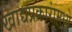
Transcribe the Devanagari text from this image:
खाद्यप्रकारांमध्ये